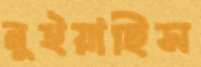
নুইয়াছিস